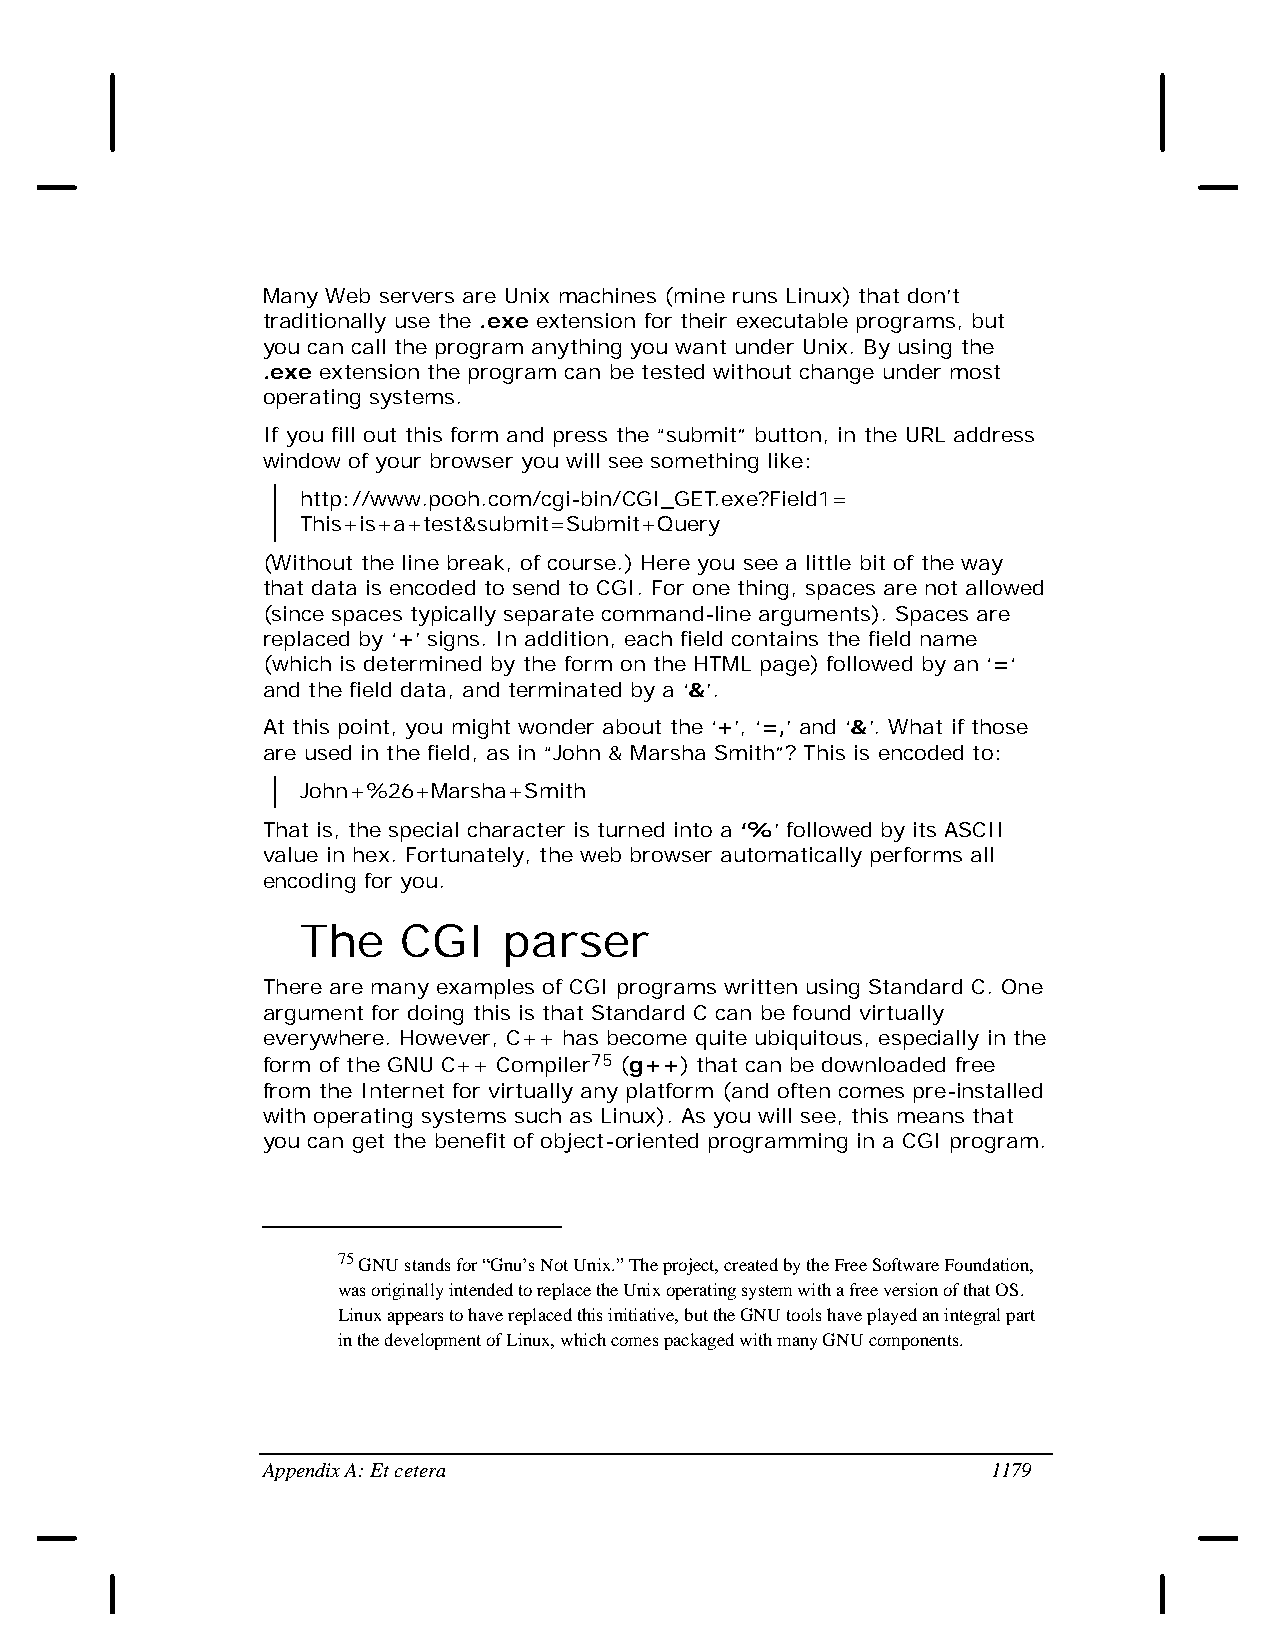
Many Web servers are Unix machines (mine runs Linux) that don’t
 traditionally use the .exe extension for their executable programs, but
 you can call the program anything you want under Unix. By using the
 .exe extension the program can be tested without change under most
 operating systems.
 If you fill out this form and press the “submit” button, in the URL address
 window of your browser you will see something like:
 http://www.pooh.com/cgi-bin/CGI_GET.exe?Field1=
 This+is+a+test&submit=Submit+Query
 (Without the line break, of course.) Here you see a little bit of the way
 that data is encoded to send to CGI. For one thing, spaces are not allowed
 (since spaces typically separate command-line arguments). Spaces are
 replaced by ‘+’ signs. In addition, each field contains the field name
 (which is determined by the form on the HTML page) followed by an ‘=‘
 and the field data, and terminated by a ‘&’.
 At this point, you might wonder about the ‘+’, ‘=,’ and ‘&’. What if those
 are used in the field, as in “John & Marsha Smith”? This is encoded to:
 John+%26+Marsha+Smith
 That is, the special character is turned into a ‘%’ followed by its ASCII
 value in hex. Fortunately, the web browser automatically performs all
 encoding for you.
 The    CGI   parser
 There are many examples of CGI programs written using Standard C. One
 argument for doing this is that Standard C can be found virtually
 everywhere. However, C++ has become quite ubiquitous, especially in the
 form of the GNU C++ Compiler75 (g++) that can be downloaded free
 from the Internet for virtually any platform (and often comes pre-installed
 with operating systems such as Linux). As you will see, this means that
 you can get the benefit of object-oriented programming in a CGI program.
 75 GNU stands for “Gnu’s Not Unix.” The project, created by the Free Software Foundation,
 was originally intended to replace the Unix operating system with a free version of that OS.
 Linux appears to have replaced this initiative, but the GNU tools have played an integral part
 in the development of Linux, which comes packaged with many GNU components.
 Appendix A: Et cetera                            1179